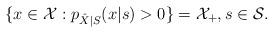
LaTeX: \begin{align*}\{x\in\mathcal{X}:p_{\hat{X}|S}(x|s)>0\}=\mathcal{X}_+,s\in\mathcal{S}.\end{align*}